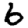
Digit: 6